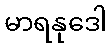
မာရနုဒေါ